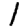
Digit: 1